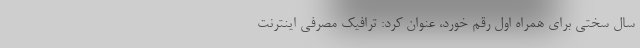
سال سختی برای همراه اول رقم خورد، عنوان کرد: ترافیک مصرفی اینترنت